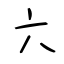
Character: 六